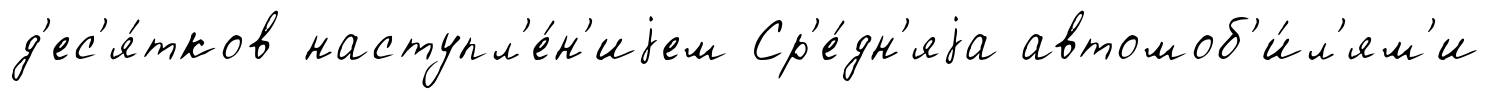
д'ес'я́тков наступл'е́н'иjем Ср'е́дн'яjа автомоб'и́л'ям'и